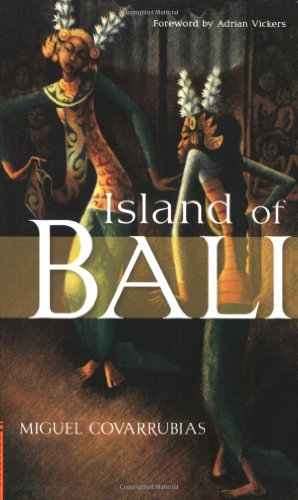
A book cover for Island of Bali (Periplus Classics Series); Miguel Covarrubias; Travel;